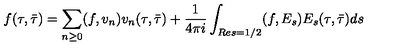
f ( \tau , \bar { \tau } ) = \sum _ { n \ge 0 } ( f , v _ { n } ) v _ { n } ( \tau , \bar { \tau } ) + \frac { 1 } { 4 \pi i } \int _ { R e s = 1 / 2 } ( f , E _ { s } ) E _ { s } ( \tau , \bar { \tau } ) d s